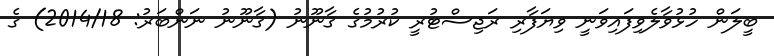
ބީލަން ހުޅުވާލެވިފައިވަނީ ވިޔަފާރި ރަޖިސްޓުރީ ކުރުމުގެ ޤާނޫނު (ޤާނޫނު ނަންބަރު: 2014/18) ގެ